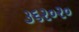
૩૬૨૦૨૦